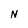
Character: N